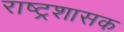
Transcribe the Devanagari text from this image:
राष्ट्रशासक